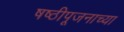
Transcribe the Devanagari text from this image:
षष्ठीपूजनाच्या